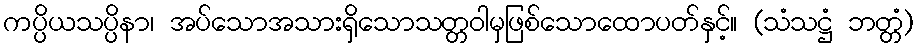
ကပ္ပိယသပ္ပိနာ၊ အပ်သောအသားရှိသောသတ္တဝါမှဖြစ်သောထောပတ်နှင့်။ (သံသဋ္ဌံ ဘတ္တံ)